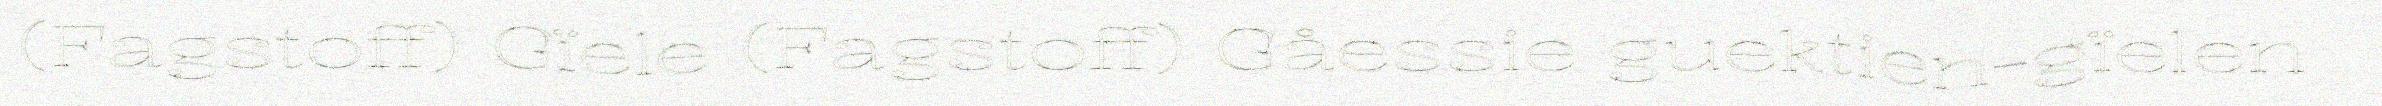
(Fagstoff) Gïele (Fagstoff) Gåessie guektien-gïelen